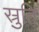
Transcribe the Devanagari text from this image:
स्रुति